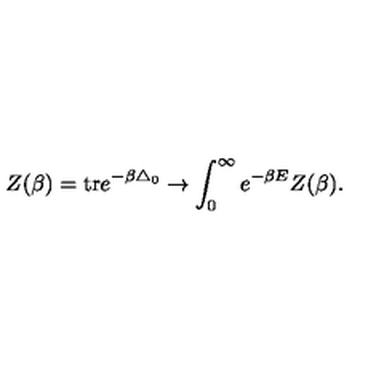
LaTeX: Z ( \beta ) = \mathrm { t r } e ^ { - \beta \triangle _ { 0 } } \rightarrow \int _ { 0 } ^ { \infty } e ^ { - \beta E } Z ( \beta ) .